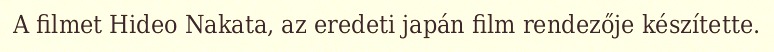
A filmet Hideo Nakata, az eredeti japán film rendezője készítette.